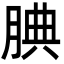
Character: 腆